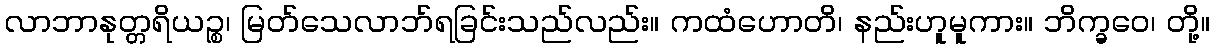
လာဘာနုတ္တရိယဉ္စ၊ မြတ်သေလာဘ်ရခြင်းသည်လည်း။ ကထံဟောတိ၊ နည်းဟူမူကား။ ဘိက္ခဝေ၊ တို့။